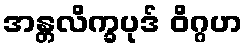
အန္တလိက္ခပုဒ် ဝိဂ္ဂဟ